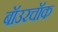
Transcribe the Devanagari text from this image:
बॉउरचॉक